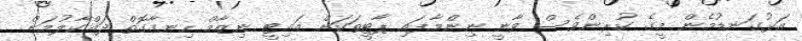
އަޅުގަނޑުމެން މީގެ ކުރިންވެސް ވާނީ ނިންމާފައި ޕާޓީތަކަށް އައިޓީ ނިޒާމް ހިނގާގޮތް ދައްކާލުމަށް.